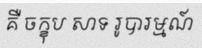
គឺ ចក្ខុប សាទ រូបារម្មណ៍